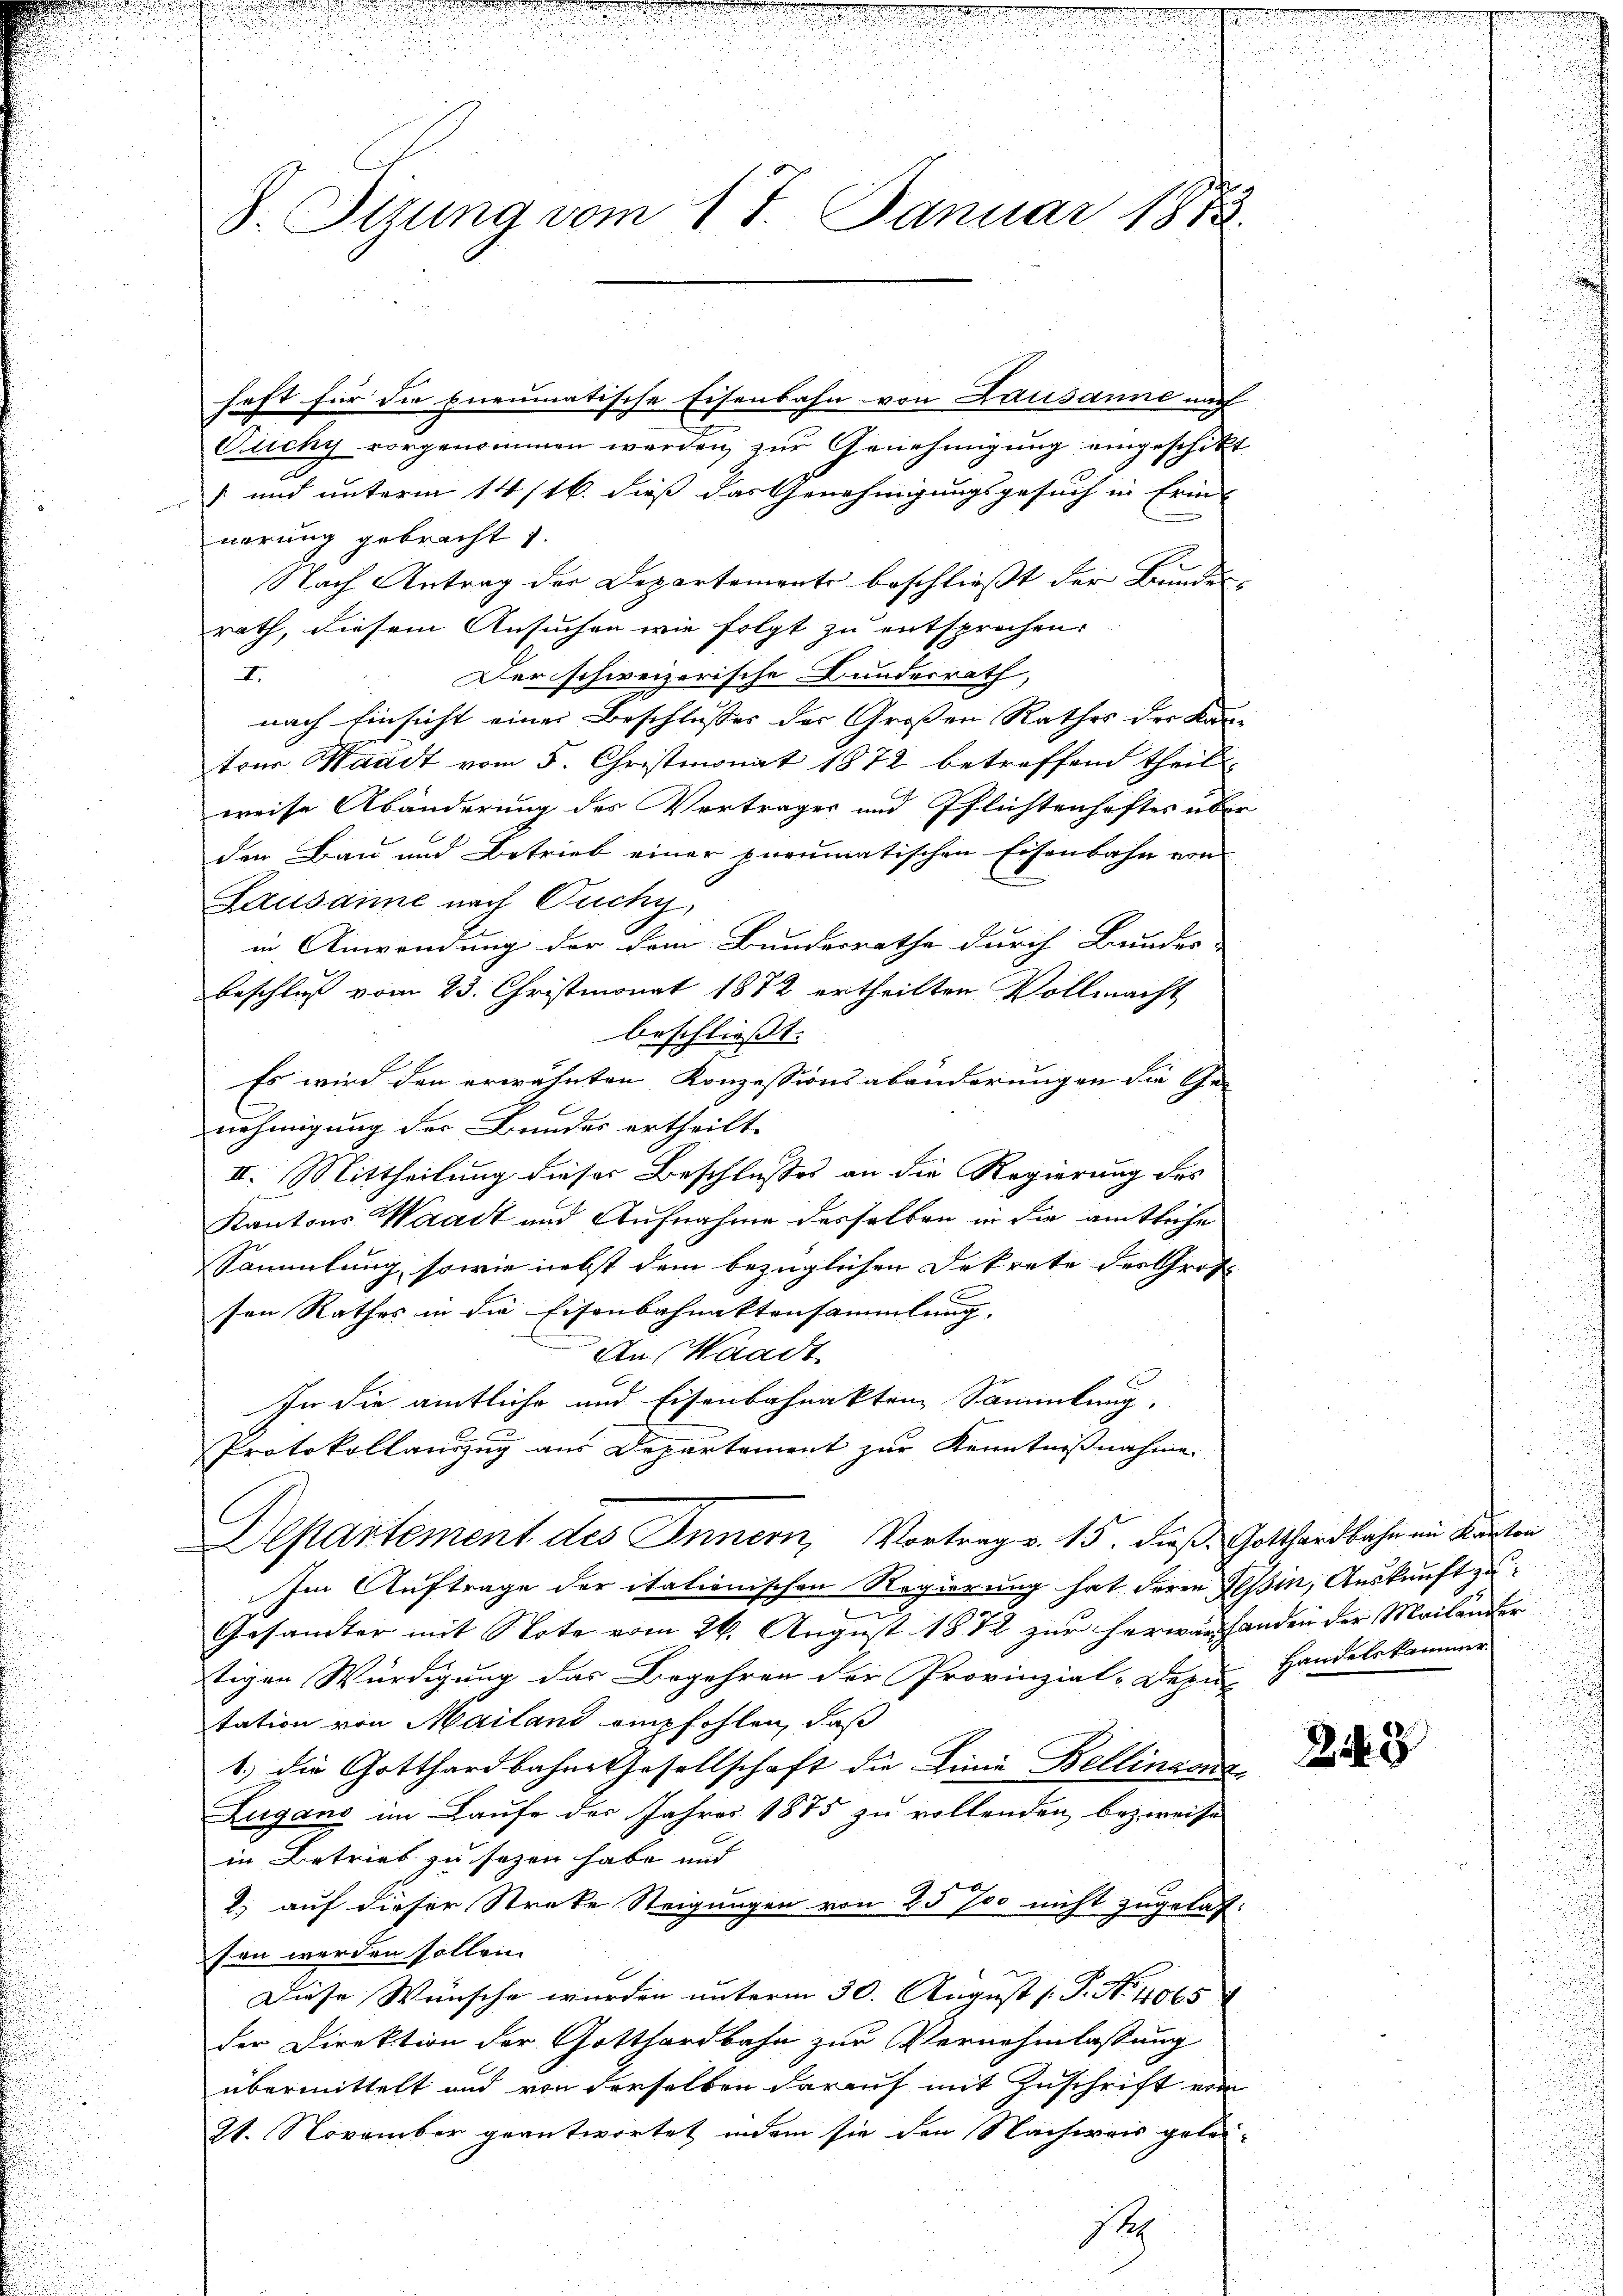
S. Otzung vom 17. Januar 1873.

heft für die Eneumatische Eisenbahn von Lausanne nach
Quichy vorgenommen werden zur Genehmigung eingeschikt
 und unterm 14/16. dieß das Genehmigungsgesuch in Erin-
nerung gebracht 1.
Nach Antrag der Departemente beschließt der Bunden
rath, diesem Ansuchen wie folgt zu entsprochen.
Der schweizerische Bundesrath,
I.
nach Einsicht einer Beschlusses der Großen Rathes der Kan-
trer Waadt vom 5. Christmonat 1872 betreffend theilt,
weise Abänderung des Vortrages und Pflichtenhaftes über
den Bau und Betrieb einer preumatischen Eisenbahn von
Lausamme nach Puchy,
in Anwendung der dem Bundesrathe durch Bundes- |
beschluß vom 23. Christmonat 1872 ertheilten Vollmacht
beschließt:
Es wird den erwähnten Konzessionsabänderungen die Ge-
nehmigung der Bundes ertheilt.
II. Mittheilung dieser Beschlusses an die Regierung des
Kantons Waadt und Aufnahme derselben in die amtliche
Sammlung, sowie nebst dem bezüglichen Dekrete der Groß
x
E
sen Rathes in die Eisenbahnaktensammlung.
An Waadt
In die amtliche und Eisenbahnakten Sammlung,
Protokollauszug aus Departement zur Kenntnißnahme.
Departement des Innern, Vortrag v. 15. dieß Gotthardbahn im Kanton
Im Auftrage der itationischen Regierung hat deren Tessin, Auskunft zu
Gesamter mit Note vom 26. August 1872 zur herwärhanden der Mailander
tigen Würdigung das Begehren der Provinzial-Degen Handelskammer
tation von Mailand empfohlen, daß
1) die Gotthardbahne Gesellschaft die Linie Bellinanz
Zugano im Laufe des Jahres 1875 zu vollenden bezweife
in Betrieb zu sezen habe und |
2) auf dieser Streke Steigungen von 25 700 nicht zugelas-
sen werden sollen.
Diese Wünsche wurden unterm 30. August [ P. No. 40651
der Direktion der Gotthardbahn zur Vernehmlassung
übermittelt und von derselben darauf mit Zuschrift vom
91. November geantwortet, indem sie den Nachweis gelei¬

1

.

223